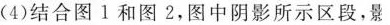
(4}结合图 1 和图 2，图中阴影所示区段，景